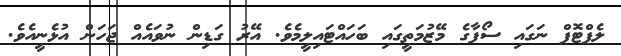
ލެޕްޓޮޕް ނަގައި ސޯފާގެ މޭޒުމަތީގައި ބަހައްޓައިލީމެވެ. އޭރު ގަޑިން ނުވައެއް ޖަހަން އުޅެނީއެވެ.